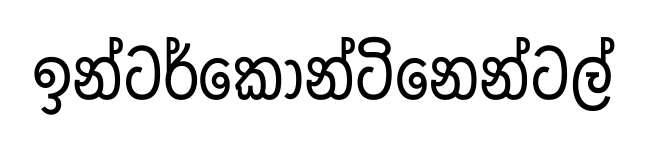
ඉන්ටර්කොන්ටිනෙන්ටල්